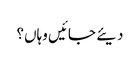
دیئے جائیں وہاں؟